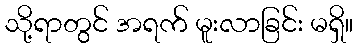
သို့ရာတွင် အရက် မူးလာခြင်း မရှိ။